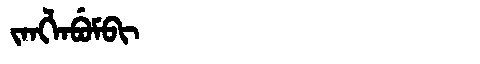
Manchu: ᠵᠠᠩᠯᠠᠪᡠᠮᠪᡳ
Romanization: JANGLABUMBI